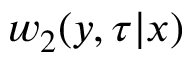
w _ { 2 } ( y , \tau | x )